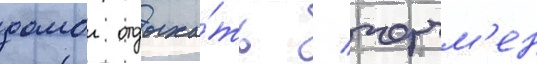
домои отдыха́ть / черчм'ен